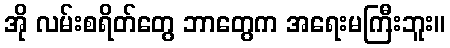
အို လမ်းစရိတ်တွေ ဘာတွေက အရေးမကြီးဘူး။